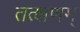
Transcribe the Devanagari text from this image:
तत्क्षणम्